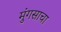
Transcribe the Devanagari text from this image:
मुंगसाचा